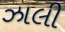
ઝાલી